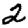
Digit: 2